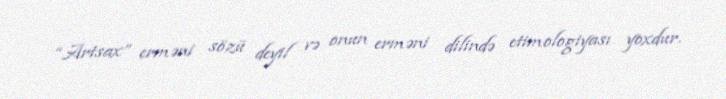
“Artsax” erməni sözü deyil və onun erməni dilində etimologiyası yoxdur.